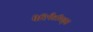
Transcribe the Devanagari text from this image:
पेरिपैटॉयड्स